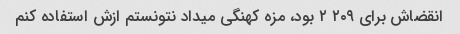
انقضاش برای ٢٠٩ ٢ بود، مزه کهنگی میداد نتونستم ازش استفاده کنم